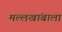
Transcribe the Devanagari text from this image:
मल्लखांबाला